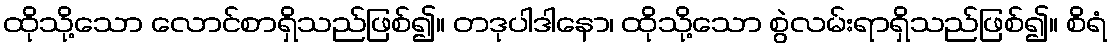
ထိုသို့သော လောင်စာရှိသည်ဖြစ်၍။ တဒုပါဒါနော၊ ထိုသို့သော စွဲလမ်းရာရှိသည်ဖြစ်၍။ စိရံ